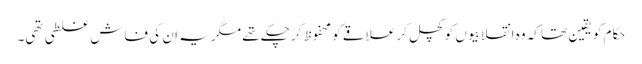
حکام کو یقین تھا کہ وہ انقلابیوں کو کچل کر علاقے کو محفوظ کرچکے تھے مگر یہ ان کی فاش غلطی تھی۔